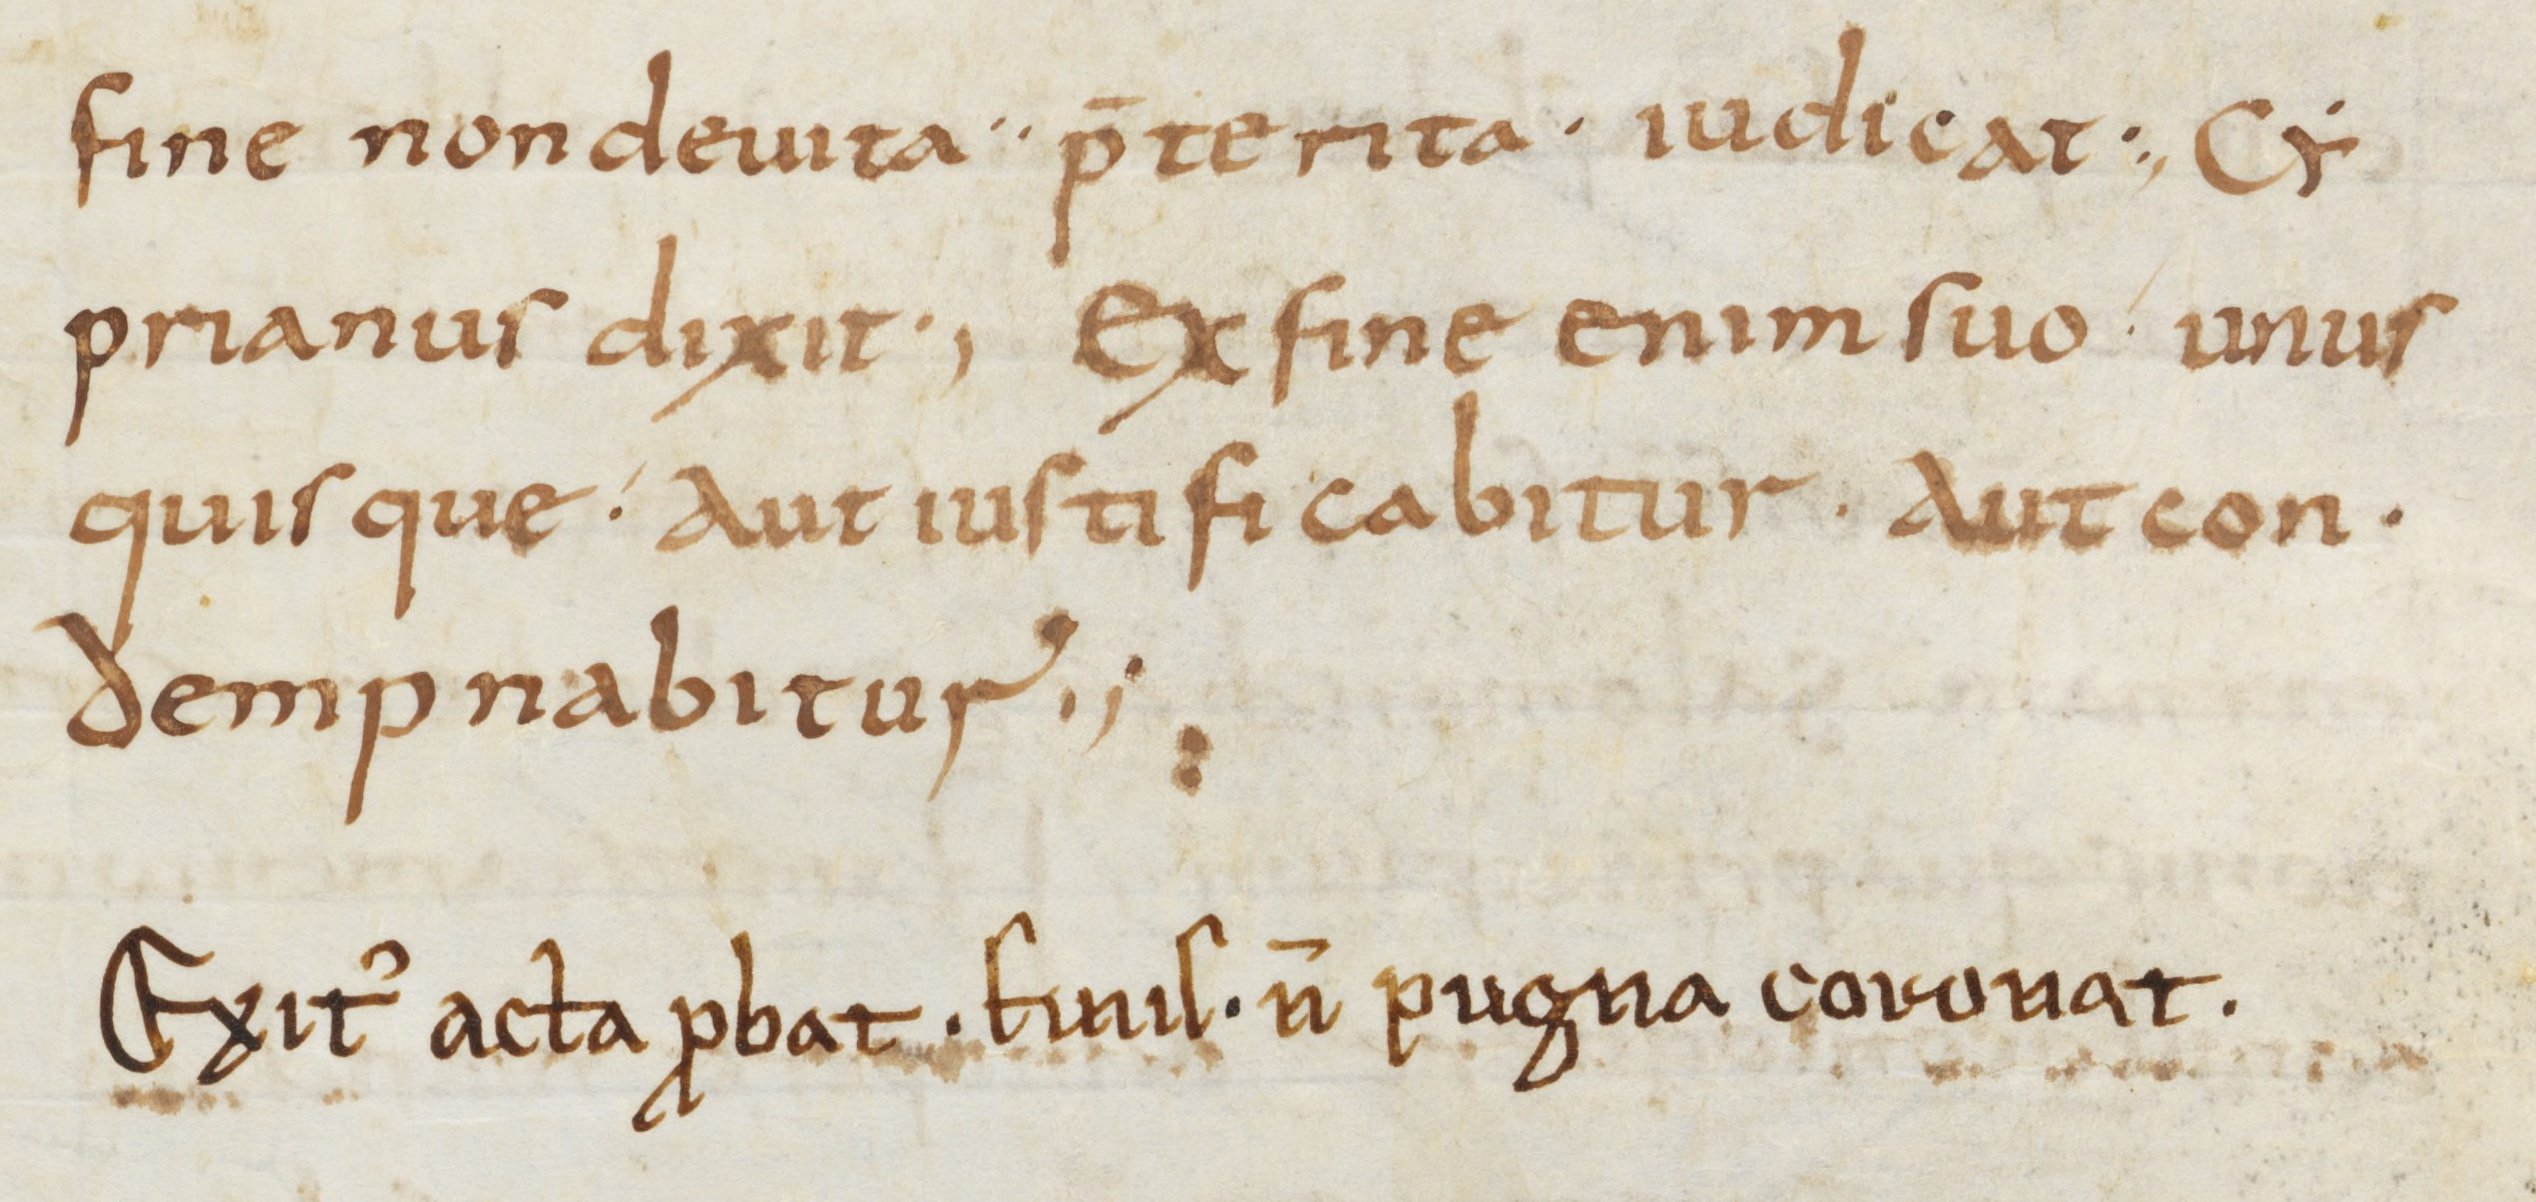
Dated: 800–899